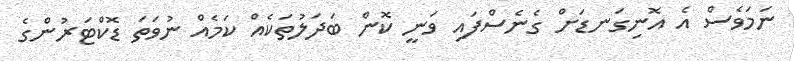
ނަމަވެސް އެ އޮނިގަނޑަށް ގެނެސްފައި ވަނީ ކޮން ބަދަލުތަކެއް ކަމެއް ނުވަތަ ޑޮކްޓަރުންގެ